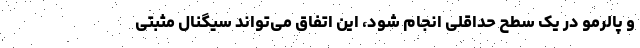
و پالرمو در یک سطح حداقلی انجام شود، این اتفاق می‌تواند سیگنال مثبتی